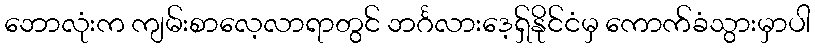
ဘောလုံးက ကျမ်းစာလေ့လာရာတွင် ဘင်္ဂလားဒေ့ရှ်နိုင်ငံမှ ကောက်ခံသွားမှာပါ